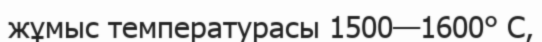
жұмыс температурасы 1500—1600° С,